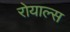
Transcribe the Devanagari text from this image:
रोयाल्स